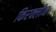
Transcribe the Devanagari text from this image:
किरक्लीन